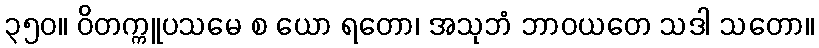
၃၅၀။ ဝိတက္ကူပသမေ စ ယော ရတော၊ အသုဘံ ဘာဝယတေ သဒါ သတော။